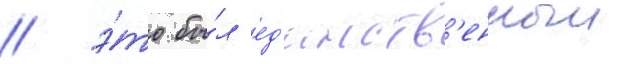
/ э́то бы́л ед'инств'енныи